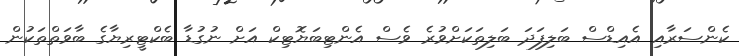
ކެންސަރާއި އެއިޑްސް ބަލިފަދަ ބަލިތަކަށްވުރެ ވެސް އެންޓިބަޔޮޓިކް އަށް ނުގުޑާ ބެކްޓީރިޔާގެ ބާވަތްތަކުން